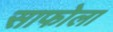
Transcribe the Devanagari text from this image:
साफोला